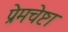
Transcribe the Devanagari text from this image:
प्रेमचेष्टा